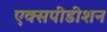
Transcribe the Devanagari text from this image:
एक्सपीडीशन